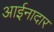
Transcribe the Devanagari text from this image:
आईनादार